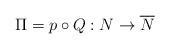
LaTeX: \begin{align*}\Pi =p\circ Q:N\to \overline N\end{align*}